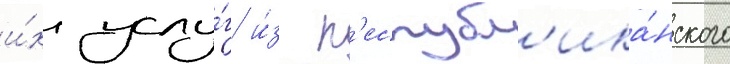
и́х услу́г и́з р'еспубл'ика́нского